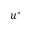
u ^ { * }